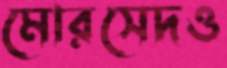
মোরসেদও